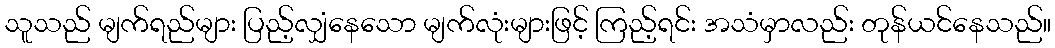
သူသည် မျက်ရည်များ ပြည့်လျှံနေသော မျက်လုံးများဖြင့် ကြည့်ရင်း အသံမှာလည်း တုန်ယင်နေသည်။